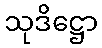
သုဒိဋ္ဌော